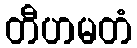
တီဟမတံ